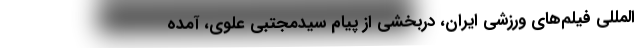
‌المللی فیلم‌های ورزشی ایران، دربخشی از پیام سیدمجتبی علوی، آمده